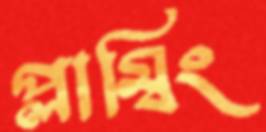
প্লাম্বিং